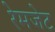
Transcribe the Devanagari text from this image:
रेमजेट